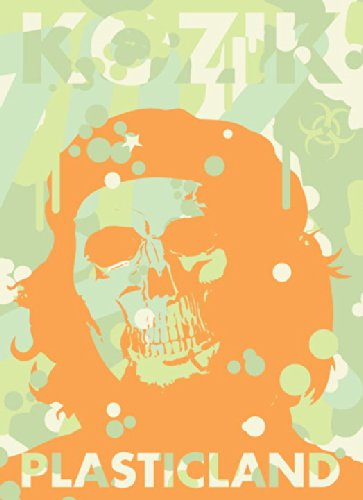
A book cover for Plasticland; Frank Kozik; Arts & Photography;